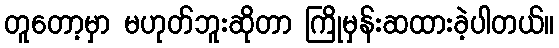
တူတော့မှာ မဟုတ်ဘူးဆိုတာ ကြိုမှန်းဆထားခဲ့ပါတယ်။